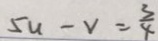
5 u - v = \frac { 3 } { 4 }